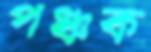
পঞ্চক